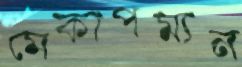
মেকাপম্যন